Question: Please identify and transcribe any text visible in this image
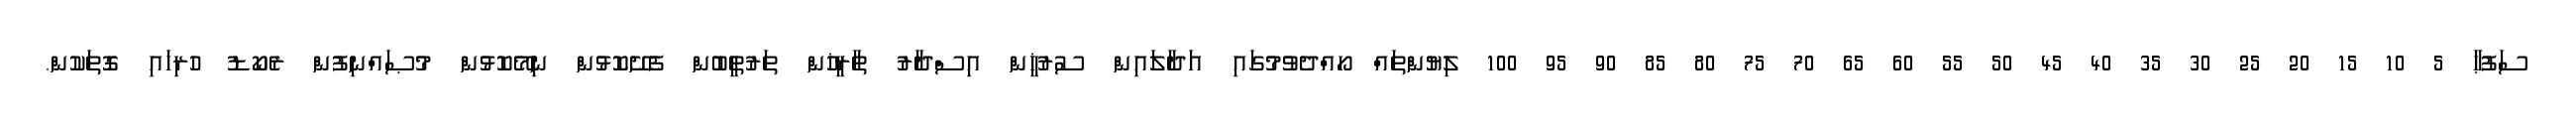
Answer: ސަފުޙާ 5 10 15 20 25 30 35 40 45 50 55 60 65 70 75 80 85 90 95 100 ލިޔުންތައް ހޯއްދެވުމުގައި އަދާލައިން ސުރުޚީން އިސްދާރު ތާރީޚުން ތަރުތީބުން ފެށޭކޮޅުން ނިމޭކޮޅުން މުޞައްނިފުން ރެކޯޑު ހުރިހައި ގޮތަކުން.